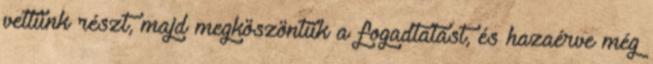
vettünk részt, majd megköszöntük a fogadtatást, és hazaérve még